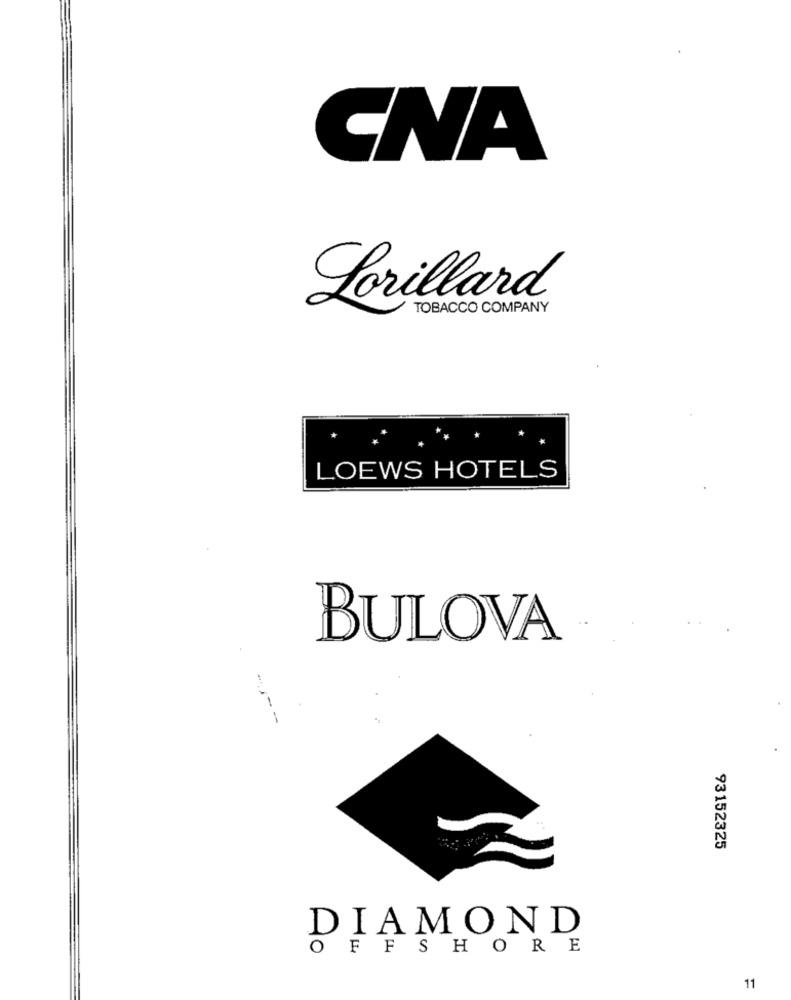
CNA
Lorillard
TOBACCO COMPANY
LOEWS HOTELS
BULOVA
-
93152325
DIAMOND
FFSHORE
11